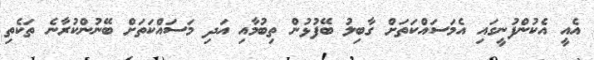
އެއީ އެކުންފުނީގައި އެމަސައްކަތަށް ގާބިލު ބޭފުޅުން ތިބުމާއި އަދި މަސައްކަތަށް ބޭނުންކުރާނެ ތަކެތި